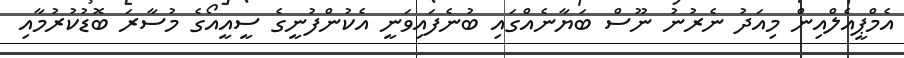
އެމްޕީއެލްއިން މިއަދު ނެރުނު ނޫސް ބަޔާނެއްގައި ބުނެފައިވަނީ އެކުންފުނީގެ ސީއީއޯގެ މުސާރަ ބޮޑުކުރުމާއި